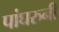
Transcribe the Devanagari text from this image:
पांघरुनी